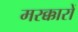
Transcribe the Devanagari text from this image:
मरक्कारों